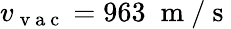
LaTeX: v_{\mathrm{~v~a~c~}}=963\; \mathrm{~m~}/\mathrm{~s~}